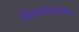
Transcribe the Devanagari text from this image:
चैम्पियनशिपप्रतियोगिता